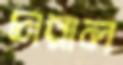
চারাল